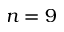
n = 9